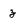
Character: z